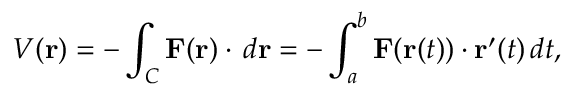
V ( \mathbf { r } ) = - \int _ { C } \mathbf { F } ( \mathbf { r } ) \cdot \, d \mathbf { r } = - \int _ { a } ^ { b } \mathbf { F } ( \mathbf { r } ( t ) ) \cdot \mathbf { r } ^ { \prime } ( t ) \, d t ,